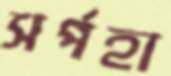
সর্পহা